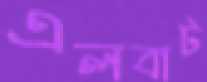
এলবাট